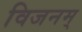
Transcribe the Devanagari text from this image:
विजनम्